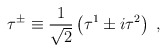
\begin{align*}\tau^\pm\equiv {1\over\sqrt{2}}\left(\tau^1\pm i\tau^2\right)\; ,\end{align*}